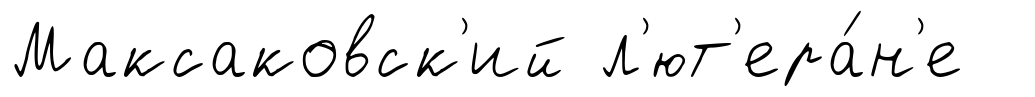
Максаковск'ий л'ют'ера́н'е